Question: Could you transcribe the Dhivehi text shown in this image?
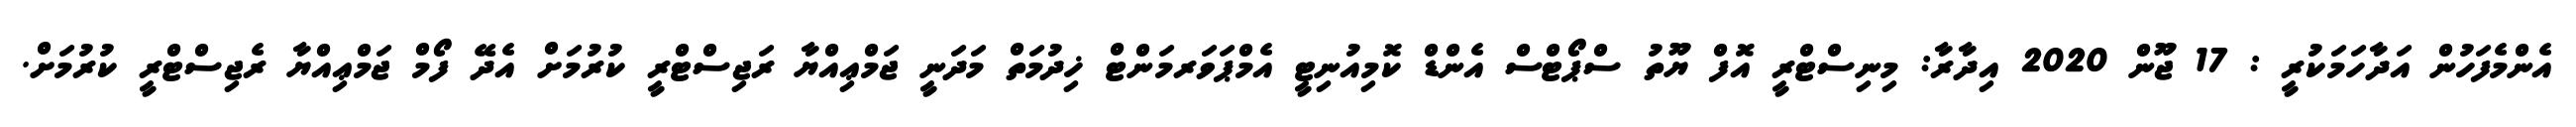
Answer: އެންމެފަހުން އަދާހަމަކުރީ : 17 ޖޫން 2020 އިދާރާ: މިނިސްޓްރީ އޮފް ޔޫތު ސްޕޯޓްސް އެންޑް ކޮމިއުނިޓީ އެމްޕަވަރމަންޓް ޚިދުމަތް މަދަނީ ޖަމްޢިއްޔާ ރަޖިސްޓްރީ ކުރުމަށް އެދޭ ފޯމް ޖަމްޢިއްޔާ ރެޖިސްޓްރީ ކުރުމަށް.